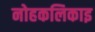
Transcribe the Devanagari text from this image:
नोहकलिकाइ